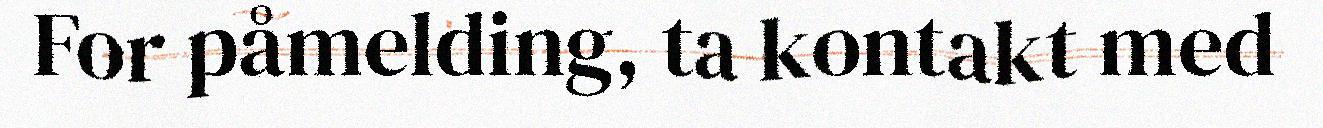
For påmelding, ta kontakt med